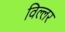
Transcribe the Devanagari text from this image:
विल्लर